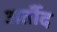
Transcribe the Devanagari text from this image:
अर्तौद